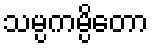
သမ္ပကမ္ပိတော